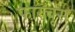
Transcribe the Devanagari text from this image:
फारचूंस